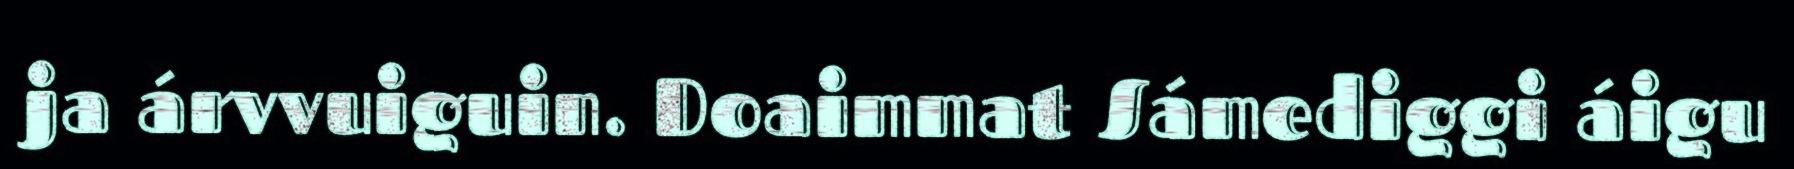
ja árvvuiguin. Doaimmat Sámediggi áigu